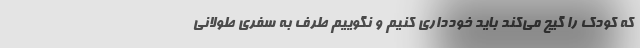
که کودک را گیج می‌کند باید خودداری کنیم و نگوییم طرف به سفری طولانی